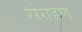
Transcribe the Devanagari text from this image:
संग्रहेण